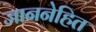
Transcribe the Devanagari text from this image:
जाननेहित